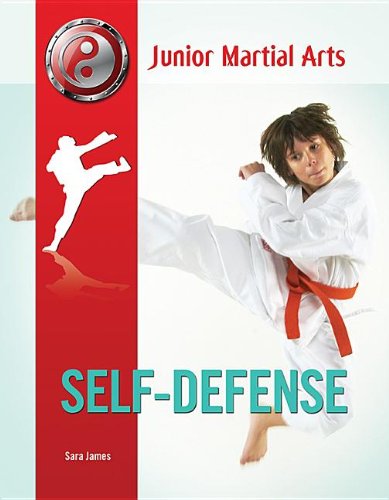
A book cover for Self-Defense (Junior Martial Arts); Sara James; Teen & Young Adult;